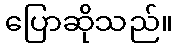
ပြောဆိုသည်။